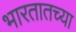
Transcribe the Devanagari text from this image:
भारतातच्या